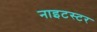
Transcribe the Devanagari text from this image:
नाइटस्टर